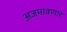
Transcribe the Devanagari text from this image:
अजमावणार